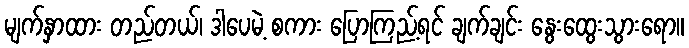
မျက်နှာထား တည်တယ်၊ ဒါပေမဲ့ စကား ပြောကြည့်ရင် ချက်ချင်း နွေးထွေးသွားရော။